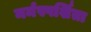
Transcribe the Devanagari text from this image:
मर्मस्पर्शिता